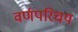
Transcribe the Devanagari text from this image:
वर्णपरिचय